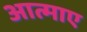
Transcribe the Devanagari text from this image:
आत्माए